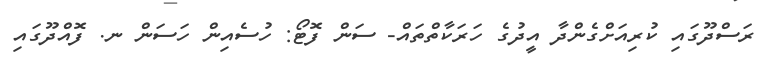
ރަސްދޫގައި ކުރިއަށްގެންދާ އީދުގެ ހަރަކާތްތައް- ސަން ފޮޓޯ: ހުސެއިން ހަސަން ނ. ފޮއްދޫގައި